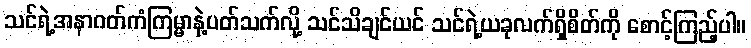
သင်ရဲ့အနာဂတ်ကံကြမ္မာနဲ့ပတ်သက်လို့ သင်သိချင်ယင် သင်ရဲ့ယခုလက်ရှိစိတ်ကို စောင့်ကြည့်ပါ။